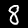
Digit: 8